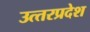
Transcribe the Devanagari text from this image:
उत्‍तरप्रदेश